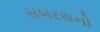
સબરસનો